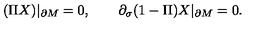
( \Pi X ) | _ { \partial M } = 0 , \qquad \partial _ { \sigma } ( 1 - \Pi ) X | _ { \partial M } = 0 .